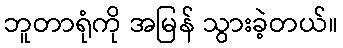
ဘူတာရုံကို အမြန် သွားခဲ့တယ်။